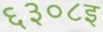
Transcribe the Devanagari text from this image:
६३०८इ